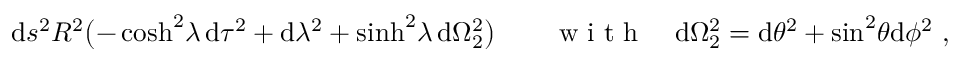
\mathrm { d } s ^ { 2 } \= R ^ { 2 } \bigl ( - \cosh ^ { 2 } \! \lambda \, \mathrm { d } \tau ^ { 2 } + \mathrm { d } \lambda ^ { 2 } + \sinh ^ { 2 } \! \lambda \, \mathrm { d } \Omega _ { 2 } ^ { 2 } \bigr ) \qquad \textrm { w i t h } \quad \mathrm { d } \Omega _ { 2 } ^ { 2 } = \mathrm { d } \theta ^ { 2 } + \sin ^ { 2 } \! \theta \mathrm { d } \phi ^ { 2 } \ ,